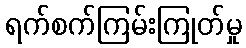
ရက်စက်ကြမ်းကြုတ်မှု